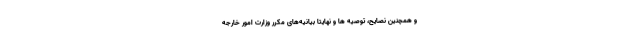
و همچنین نصایح، توصیه ها و نهایتا بیانیه‌های مکرر وزارت امور خارجه